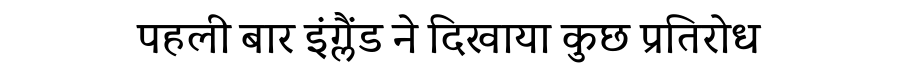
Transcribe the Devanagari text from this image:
पहली बार इंग्लैंड ने दिखाया कुछ प्रतिरोध